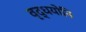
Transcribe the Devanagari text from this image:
वृद्धयोनि